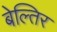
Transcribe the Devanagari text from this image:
बेल्तिर